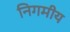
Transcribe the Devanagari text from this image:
निगमीय